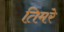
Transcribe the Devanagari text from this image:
तिमरे